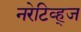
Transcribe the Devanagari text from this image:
नरेटिव्ह्ज